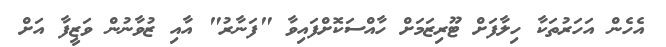
އެހެން އަހަރުތަކާ ހިލާފަށް ޓޫރިޒަމަށް ހާއްސަކޮށްފައިވާ "ފަނާރު" އާއި ޒުވާނުން ވަޒީފާ އަށް